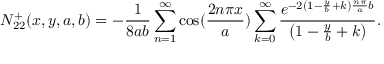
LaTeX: N _ { 2 2 } ^ { + } ( x , y , a , b ) = - \frac { 1 } { 8 a b } \sum _ { n = 1 } ^ { \infty } \cos ( \frac { 2 n \pi x } { a } ) \sum _ { k = 0 } ^ { \infty } \frac { e ^ { - 2 \left( 1 - \frac { y } { b } + k \right) \frac { n \pi } { a } b } } { \left( 1 - \frac { y } { b } + k \right) } .